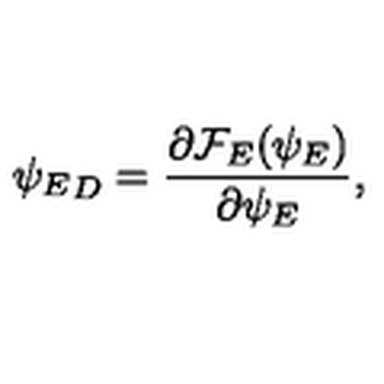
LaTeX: { \psi _ { E } } _ { D } = { \frac { \partial { \cal F } _ { E } ( \psi _ { E } ) } { \partial \psi _ { E } } } ,